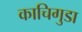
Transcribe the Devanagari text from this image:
काचिगुडा